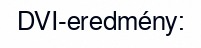
DVI-eredmény: